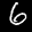
Label: 6